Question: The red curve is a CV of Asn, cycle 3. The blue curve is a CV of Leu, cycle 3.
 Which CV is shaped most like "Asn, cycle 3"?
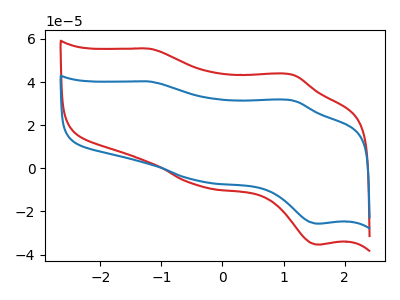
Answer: <think>The red curve "Asn, cycle 3" has anodic peaks at (-1.20V, 55.50uA) (1.15V, 43.35uA) and cathodic peaks at (-0.35V, -8.45uA) (1.60V, -35.35uA). The blue curve "Leu, cycle 3" has anodic peaks at (-1.20V, 40.25uA) (1.15V, 31.45uA) and cathodic peaks at (-0.35V, -6.15uA) (1.60V, -25.65uA).
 All the peaks in "Asn, cycle 3" have a peak in "Leu, cycle 3" at the same potential. Every peak in "Asn, cycle 3" is higher than every peak in "Leu, cycle 3".</think>
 <answer>The CV with the most similar shape to "Leu, cycle 3" is "Asn, cycle 3".</answer>
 <eval>"Asn, cycle 3"</eval>